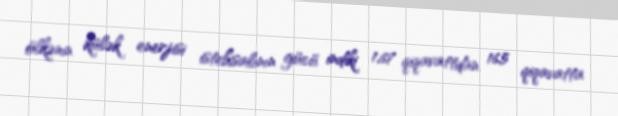
ölkənin külək enerjisi istehsalının gücü indiki 1,67 qiqavattdan 16,5 qiqavatta